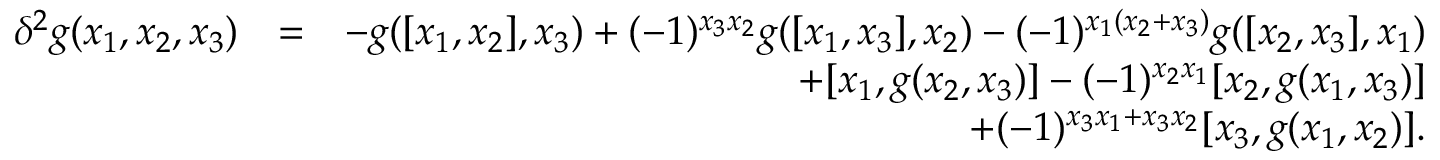
\begin{array} { r l r } { \delta ^ { 2 } g ( x _ { 1 } , x _ { 2 } , x _ { 3 } ) } & { = } & { - g ( [ x _ { 1 } , x _ { 2 } ] , x _ { 3 } ) + ( - 1 ) ^ { x _ { 3 } x _ { 2 } } g ( [ x _ { 1 } , x _ { 3 } ] , x _ { 2 } ) - ( - 1 ) ^ { x _ { 1 } ( x _ { 2 } + x _ { 3 } ) } g ( [ x _ { 2 } , x _ { 3 } ] , x _ { 1 } ) } \\ & { } & { + [ x _ { 1 } , g ( x _ { 2 } , x _ { 3 } ) ] - ( - 1 ) ^ { x _ { 2 } x _ { 1 } } [ x _ { 2 } , g ( x _ { 1 } , x _ { 3 } ) ] } \\ & { } & { + ( - 1 ) ^ { x _ { 3 } x _ { 1 } + x _ { 3 } x _ { 2 } } [ x _ { 3 } , g ( x _ { 1 } , x _ { 2 } ) ] . } \end{array}